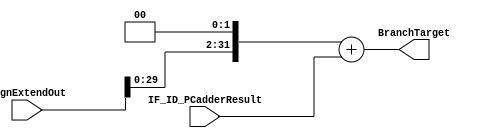
module BranchTargetAddress(
    input signed [31:0] IF_ID_PCadderResult, SignExtendOut,
    output signed [31:0] BranchTarget
);
    assign BranchTarget = (SignExtendOut << 2) + IF_ID_PCadderResult;
endmodule